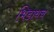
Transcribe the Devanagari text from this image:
भिडायचं